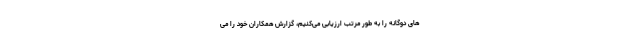
های دوگانه را به طور مرتب ارزیابی می‌کنیم، گزارش همکاران خود را می